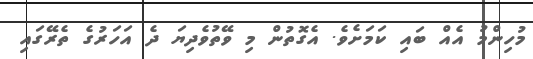
މުހިންމު އެއް ބައި ކަމަށެވެ. އެގޮތުން މި ވޭތުވެދިޔަ ދެ އަހަރުގެ ތެރޭގައި